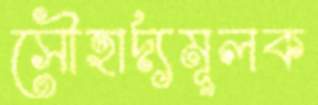
সৌহার্দ্যমূলক